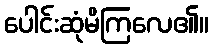
ပေါင်းဆုံမိကြလေ၏။